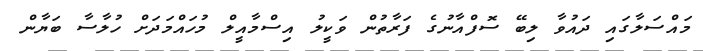
މައްސަލާގައި ދައުވާ ލިބޭ ސޮފްއާނުގެ ފަރާތުން ވަކީލު އިސްމާއީލް މުހައްމަދަށް ހުލާސާ ބަޔާން